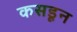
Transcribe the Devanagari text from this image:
कसडून